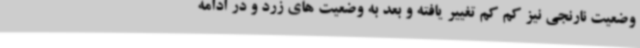
وضعیت نارنجی نیز کم کم تغییر یافته و بعد به وضعیت های زرد و در ادامه